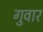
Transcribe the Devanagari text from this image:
गुवार